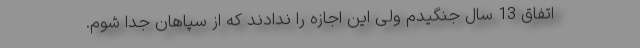
اتفاق 13 سال جنگیدم ولی این اجازه را ندادند که از سپاهان جدا شوم.